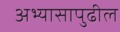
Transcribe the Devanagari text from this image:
अभ्यासापुढील